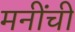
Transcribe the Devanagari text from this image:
मनींची